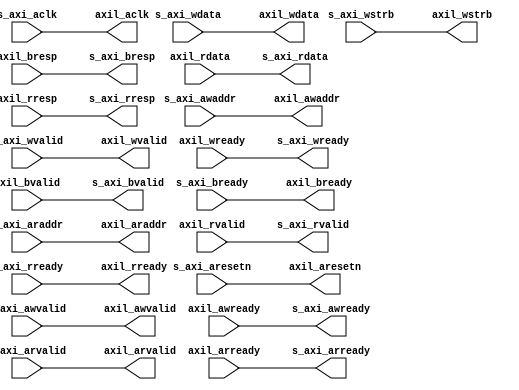
// ***************************************************************************
// ***************************************************************************
// Copyright 2011(c) Analog Devices, Inc.
// 
// All rights reserved.
// 
// Redistribution and use in source and binary forms, with or without modification,
// are permitted provided that the following conditions are met:
//     - Redistributions of source code must retain the above copyright
//       notice, this list of conditions and the following disclaimer.
//     - Redistributions in binary form must reproduce the above copyright
//       notice, this list of conditions and the following disclaimer in
//       the documentation and/or other materials provided with the
//       distribution.
//     - Neither the name of Analog Devices, Inc. nor the names of its
//       contributors may be used to endorse or promote products derived
//       from this software without specific prior written permission.
//     - The use of this software may or may not infringe the patent rights
//       of one or more patent holders.  This license does not release you
//       from the requirement that you obtain separate licenses from these
//       patent holders to use this software.
//     - Use of the software either in source or binary form, must be run
//       on or directly connected to an Analog Devices Inc. component.
//    
// THIS SOFTWARE IS PROVIDED BY ANALOG DEVICES "AS IS" AND ANY EXPRESS OR IMPLIED WARRANTIES,
// INCLUDING, BUT NOT LIMITED TO, NON-INFRINGEMENT, MERCHANTABILITY AND FITNESS FOR A
// PARTICULAR PURPOSE ARE DISCLAIMED.
//
// IN NO EVENT SHALL ANALOG DEVICES BE LIABLE FOR ANY DIRECT, INDIRECT, INCIDENTAL, SPECIAL,
// EXEMPLARY, OR CONSEQUENTIAL DAMAGES (INCLUDING, BUT NOT LIMITED TO, INTELLECTUAL PROPERTY
// RIGHTS, PROCUREMENT OF SUBSTITUTE GOODS OR SERVICES; LOSS OF USE, DATA, OR PROFITS; OR 
// BUSINESS INTERRUPTION) HOWEVER CAUSED AND ON ANY THEORY OF LIABILITY, WHETHER IN CONTRACT,
// STRICT LIABILITY, OR TORT (INCLUDING NEGLIGENCE OR OTHERWISE) ARISING IN ANY WAY OUT OF 
// THE USE OF THIS SOFTWARE, EVEN IF ADVISED OF THE POSSIBILITY OF SUCH DAMAGE.
// ***************************************************************************
// ***************************************************************************
// ***************************************************************************
// ***************************************************************************

`timescale 1ns/100ps

module axi_dev (

  // external interface

  axil_aclk,
  axil_aresetn,
  axil_awvalid,
  axil_awaddr,
  axil_awready,
  axil_wvalid,
  axil_wdata,
  axil_wstrb,
  axil_wready,
  axil_bvalid,
  axil_bresp,
  axil_bready,
  axil_arvalid,
  axil_araddr,
  axil_arready,
  axil_rvalid,
  axil_rdata,
  axil_rresp,
  axil_rready,

  // axi interface

  s_axi_aclk,
  s_axi_aresetn,
  s_axi_awvalid,
  s_axi_awaddr,
  s_axi_awready,
  s_axi_wvalid,
  s_axi_wdata,
  s_axi_wstrb,
  s_axi_wready,
  s_axi_bvalid,
  s_axi_bresp,
  s_axi_bready,
  s_axi_arvalid,
  s_axi_araddr,
  s_axi_arready,
  s_axi_rvalid,
  s_axi_rdata,
  s_axi_rresp,
  s_axi_rready);

  // parameters

  parameter   C_S_AXI_MIN_SIZE = 32'hffff;
  parameter   C_BASEADDR = 32'hffffffff;
  parameter   C_HIGHADDR = 32'h00000000;

  // external interface

  output          axil_aclk;
  output          axil_aresetn;
  output          axil_awvalid;
  output  [31:0]  axil_awaddr;
  input           axil_awready;
  output          axil_wvalid;
  output  [31:0]  axil_wdata;
  output  [ 3:0]  axil_wstrb;
  input           axil_wready;
  input           axil_bvalid;
  input   [ 1:0]  axil_bresp;
  output          axil_bready;
  output          axil_arvalid;
  output  [31:0]  axil_araddr;
  input           axil_arready;
  input           axil_rvalid;
  input   [31:0]  axil_rdata;
  input   [ 1:0]  axil_rresp;
  output          axil_rready;

  // axi interface

  input           s_axi_aclk;
  input           s_axi_aresetn;
  input           s_axi_awvalid;
  input   [31:0]  s_axi_awaddr;
  output          s_axi_awready;
  input           s_axi_wvalid;
  input   [31:0]  s_axi_wdata;
  input   [ 3:0]  s_axi_wstrb;
  output          s_axi_wready;
  output          s_axi_bvalid;
  output  [ 1:0]  s_axi_bresp;
  input           s_axi_bready;
  input           s_axi_arvalid;
  input   [31:0]  s_axi_araddr;
  output          s_axi_arready;
  output          s_axi_rvalid;
  output  [31:0]  s_axi_rdata;
  output  [ 1:0]  s_axi_rresp;
  input           s_axi_rready;

  // assignments

  assign axil_aclk = s_axi_aclk;
  assign axil_aresetn = s_axi_aresetn;
  assign axil_awvalid = s_axi_awvalid;
  assign axil_awaddr = s_axi_awaddr;
  assign axil_wvalid = s_axi_wvalid;
  assign axil_wdata = s_axi_wdata;
  assign axil_wstrb = s_axi_wstrb;
  assign axil_bready = s_axi_bready;
  assign axil_arvalid = s_axi_arvalid;
  assign axil_araddr = s_axi_araddr;
  assign axil_rready = s_axi_rready;

  assign s_axi_awready = axil_awready;
  assign s_axi_wready = axil_wready;
  assign s_axi_bvalid = axil_bvalid;
  assign s_axi_bresp = axil_bresp;
  assign s_axi_arready = axil_arready;
  assign s_axi_rvalid = axil_rvalid;
  assign s_axi_rdata = axil_rdata;
  assign s_axi_rresp = axil_rresp;

endmodule

// ***************************************************************************
// ***************************************************************************